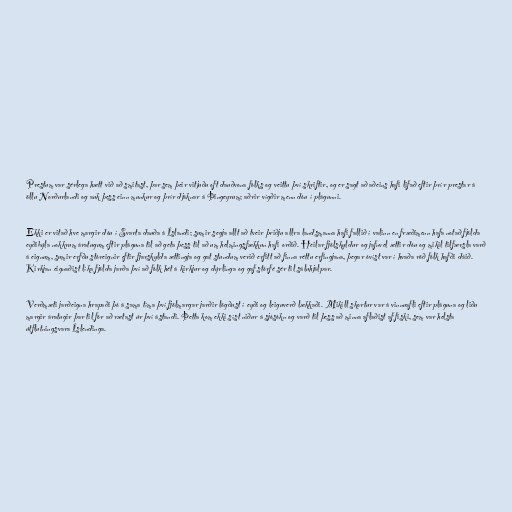
Prestum var sérlega hætt við að smitast, þar sem þeir vitjuðu oft dauðvona fólks og veittu því skriftir, og er sagt að aðeins hafi lifað eftir þrír prestar á
öllu Norðurlandi og auk þess einn munkur og þrír djáknar á Þingeyrum; aðrir vígðir menn dóu í plágunni.

Ekki er vitað hve margir dóu í Svarta dauða á Íslandi; sumir segja allt að tveir þriðju allra landsmanna hafi fallið í valinn en fræðimenn hafa notað fjölda
eyðibýla nokkrum áratugum eftir pláguna til að geta þess til að um helmingsfækkun hafi orðið. Heilar fjölskyldur og jafnvel ættir dóu og mikil tilfærsla varð
á eignum, sumir erfðu stóreignir eftir fjarskylda ættingja og gat stundum verið erfitt að finna réttu erfingjana, þegar óvíst var í hvaða röð fólk hafði dáið.
Kirkjan eignaðist líka fjölda jarða því að fólk hét á kirkjur og dýrlinga og gaf stórfé sér til sáluhjálpar.

Verðmæti jarðeigna hrapaði þó á sama tíma því fjölmargar jarðir lögðust í eyði og leiguverð lækkaði. Mikill skortur var á vinnuafli eftir pláguna og liðu
margir áratugir þar til fór að rætast úr því ástandi. Þetta kom ekki síst niður á sjósókn og varð til þess að minna aflaðist af fiski, sem var helsta
útflutningsvara Íslendinga.